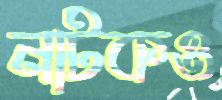
নাটকও